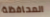
المحافظة